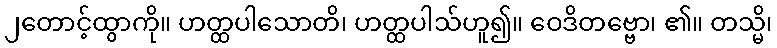
၂တောင့်ထွာကို။ ဟတ္ထပါသောတိ၊ ဟတ္ထပါသ်ဟူ၍။ ဝေဒိတဗ္ဗော၊ ၏။ တသ္မိ၊